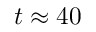
t \approx 4 0